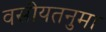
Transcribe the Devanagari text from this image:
वसीयतनुमा